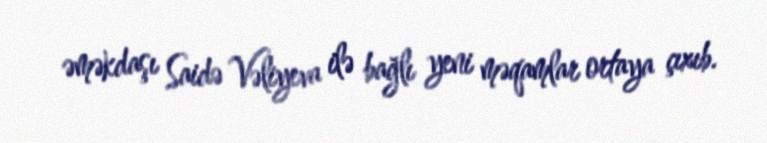
əməkdaşı Saidə Vəliyeva ilə bağlı yeni məqamlar ortaya çıxıb.